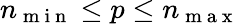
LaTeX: n_{\mathrm{~m~i~n~}}\le p\le n_{\mathrm{~m~a~x~}}